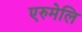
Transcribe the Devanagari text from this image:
एरुमेलि